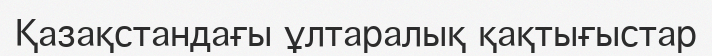
Қазақстандағы ұлтаралық қақтығыстар